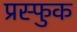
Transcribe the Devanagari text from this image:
प्रस्फुक